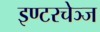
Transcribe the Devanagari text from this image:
इण्टरचेञ्ज